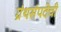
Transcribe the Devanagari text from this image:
ग्रंथसंपदेची